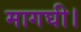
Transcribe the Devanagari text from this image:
मागघी।